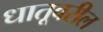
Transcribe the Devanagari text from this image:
धातूवरील